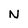
Character: N